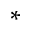
*